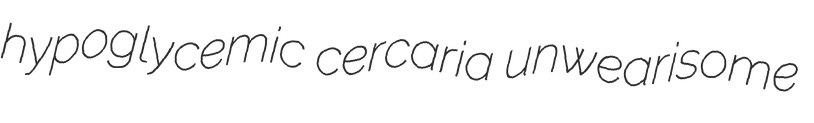
hypoglycemic cercaria unwearisome